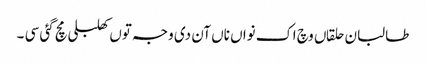
طالبان حلقاں وچ اک نواں ناں آن دی وجہ توں کھلبلی مچ گئی سی ۔